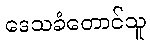
ဒေသခံတောင်သူ